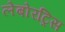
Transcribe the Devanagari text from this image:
लेबोरट्रिस